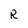
Character: R